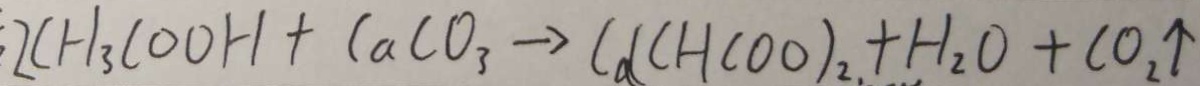
2 C H _ { 3 } C O O H + C a C O _ { 3 } \rightarrow C a ( C H C O O ) _ { 2 } . + H _ { 2 } O + C O _ { 2 } \uparrow